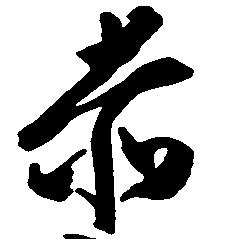
赤